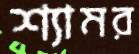
শ্যামর